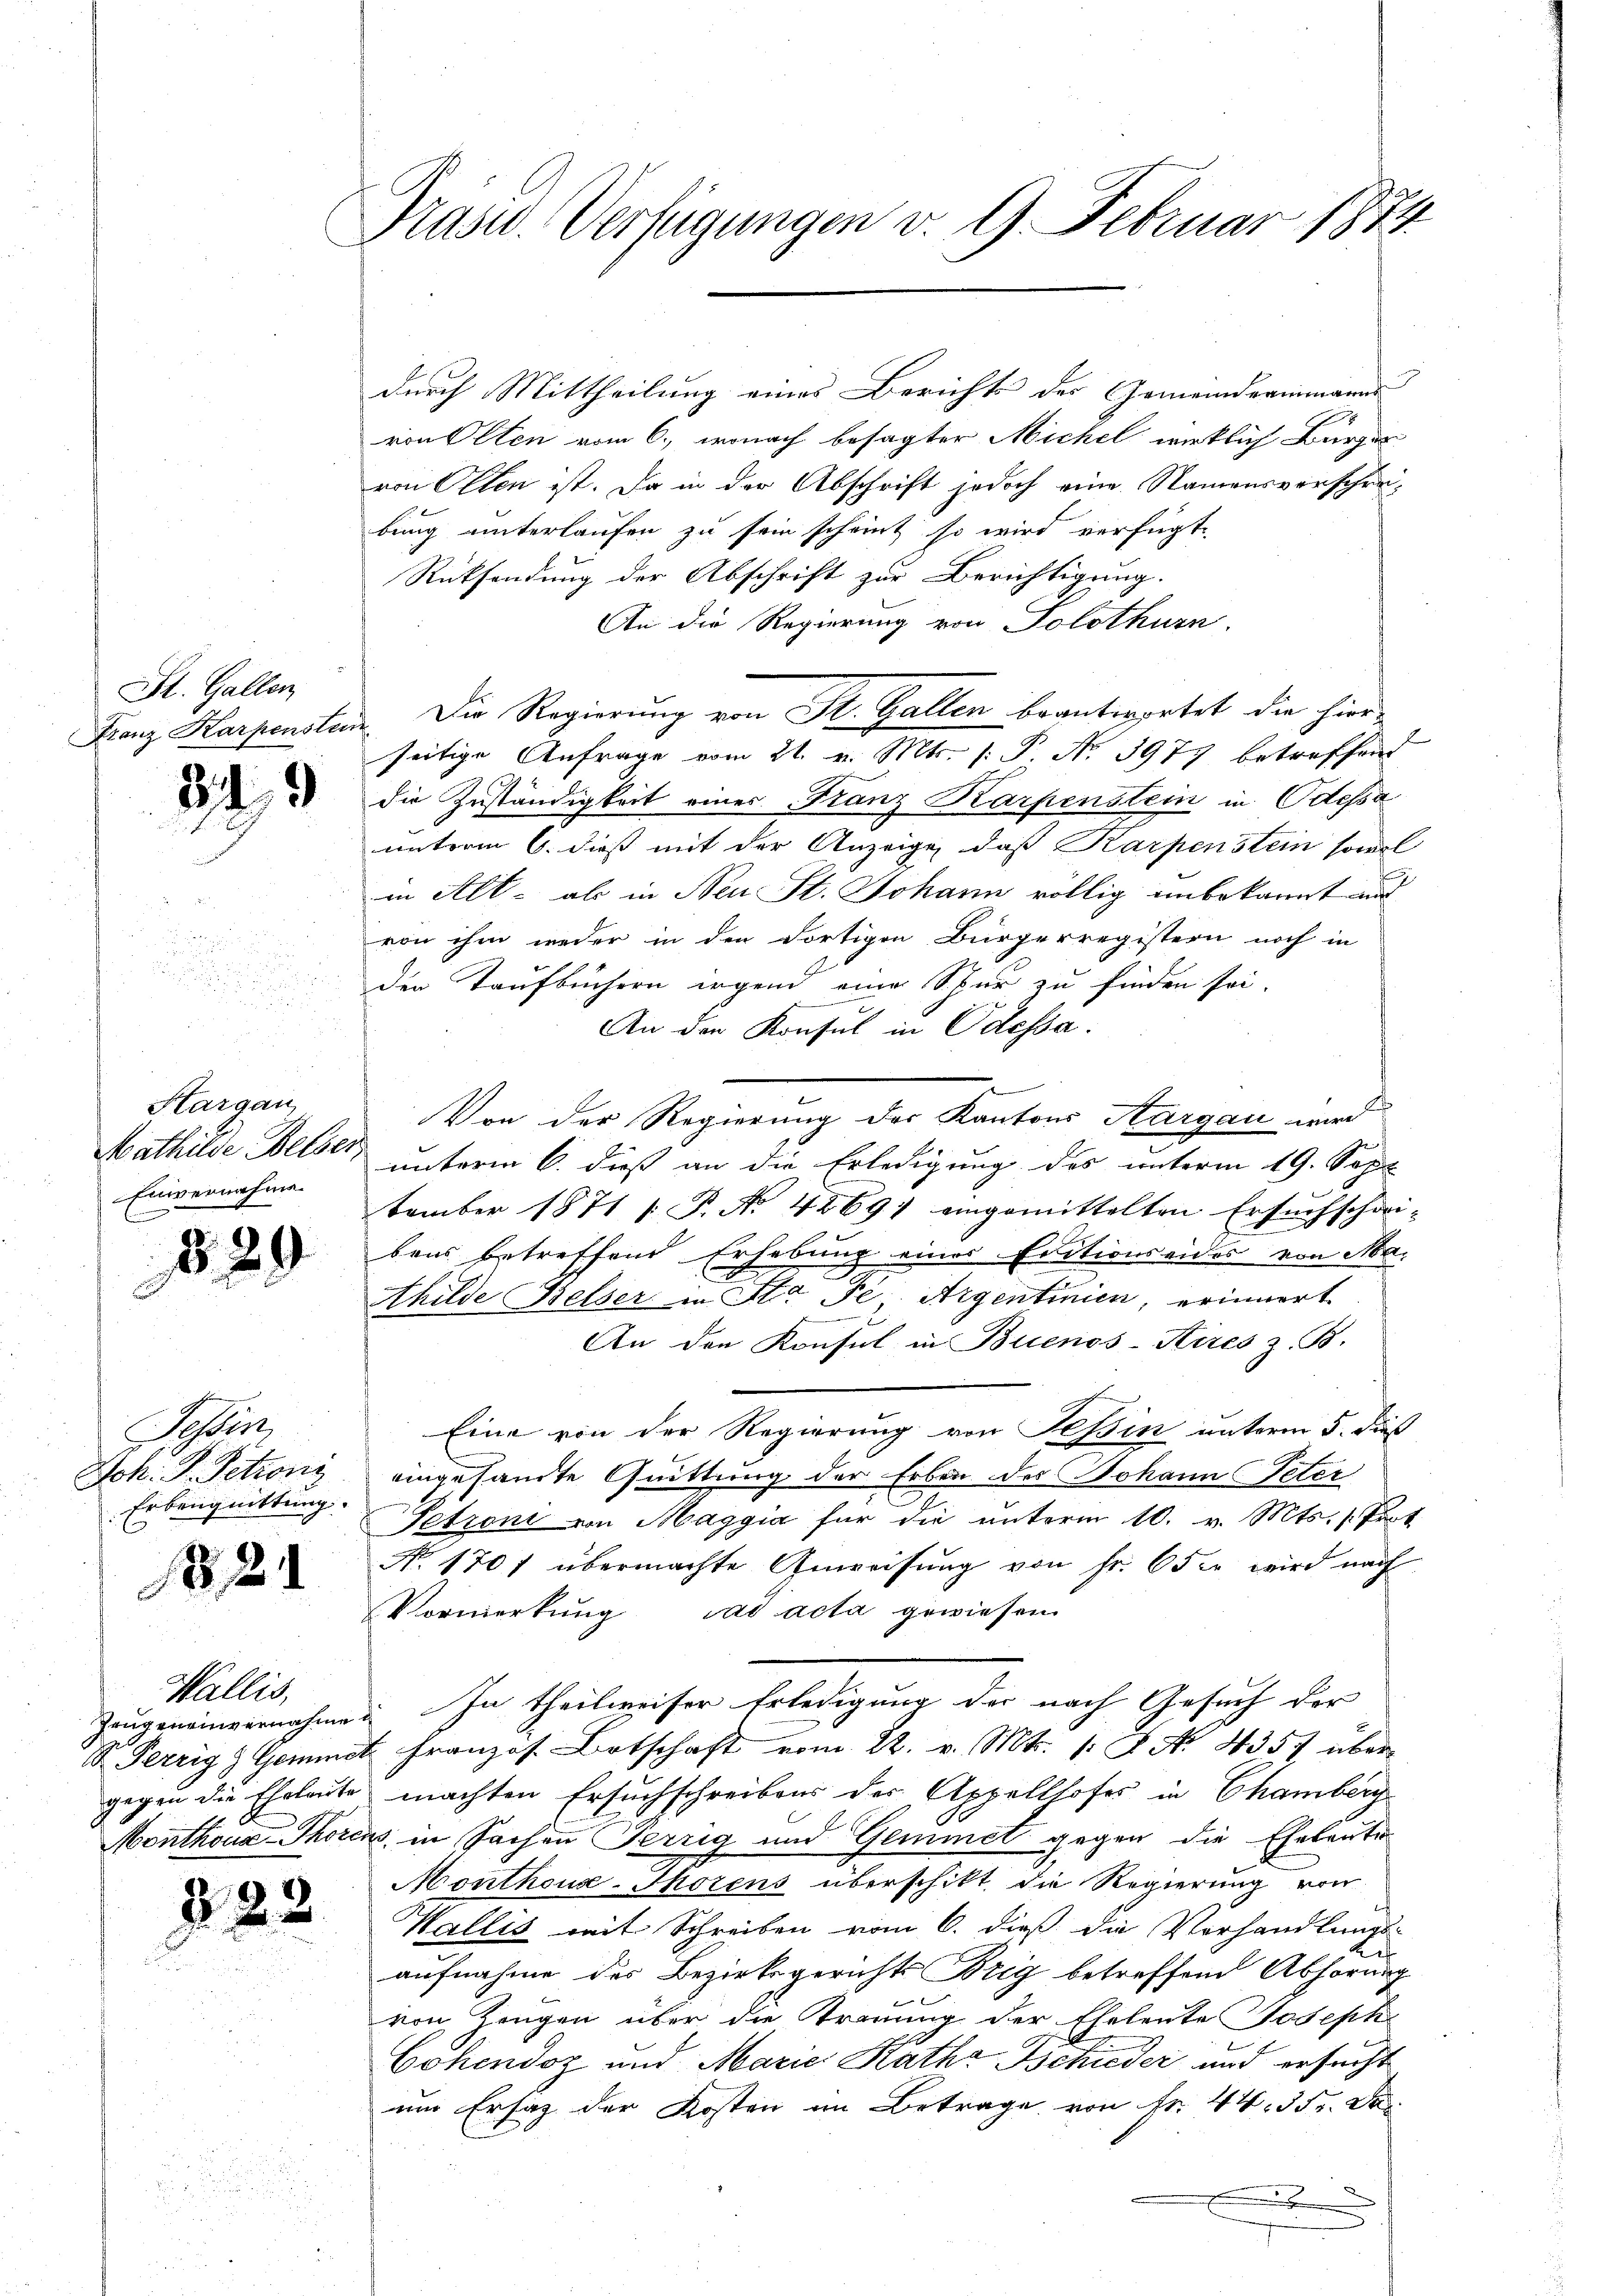
St. Gallen
Franz Karpenstein

349

Hargau
Mathilde Belser
Einvernahme

829

Tessin
Jch. S. Petroni
Erbeuguittung.
82

Wallis,
Zeugeneinvernahme
gegen die Eheleute

222.

Präsid. Verfügungen v. 9. Februar 1874.

durch Mittheilung eines Berichts des Gemeinderimanns
von Olten vom 6., wonach besagter Michel wirklich Burger
von Olten ist. Da in der Abschrift jedoch eine Namensverschräbung unterlaufen zu sein scheint so wird verfügt:
Rücksendung der Abschrift zur Berichtigung.
An die Regierung von Solothurn.
Die Regierung von St. Gallen beantwortet die hierseitige Anfrage vom 21. v. Mts. (: P. No. 3977 betreffend
die Zuständigkeit eines „Franz Karpenstein in Odessa
unterm 6. dieß mit der Anzeige, daß Karpenstein sowol
in Alt- ab in Neu St. Johann völlig unbekannt aus
von ihm weder in den Fortigen Bürgerregistern noch in
den Taufbüchern irgend eine Spur zu finden sei.
An den Konsul in Odessa.
Von der Regierung der Kantons Aargau wird
unterm 6. dieß an die Erledigung des unterm 19. Sept
tember 1871 /: P. No. 42697 eingemittelten Ersuchschei-
bens betreffend Erhebung einer Editionseides von Ma¬
Ahilde Besser in Sta Fe Argentinien, erinnert
An den Konsul in Buenos-Kires z. B.
Eine von der Regierung von Tessin unterm 5. dieß
eingesamte Quittung der Erben des Johann Peter
Petron von Maggia für die unterm 10. v. Mts. (Prot
No 1707 übermachte Anweisŭng von fr. 650 wird nach
Vormerkung ad acta gewiesen.
In theilweiser Erledigung der nach Gesuch der
S. Perrig & Gemmet Französ. Botschaft vom 22. v. Mts. (: No 4357 übermachten Ersuchschreibens des Appellhofes in Chamberg
Monthons Thorens in Sachen Terrig und Gemmet gegen die Eheleute
Monthouse-Thorens überschikt, die Regierung von
Wallis mit Schreiben vom 6. dieß die Vorhandlungs-
2
aufnahme des Bezirksgerichts Brig betreffend Abhörung
von Zeugen über die Trauung der Eheleute Joseph
Cohendoz und Marie Rathe Schieder und ersucht
um Ersatz der Kosten im Betrage von Fr. 44. 5 Fr. De